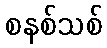
စနစ်သစ်